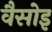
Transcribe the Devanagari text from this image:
वैसोइ